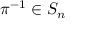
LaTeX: \pi ^ { - 1 } \in S _ { n }